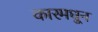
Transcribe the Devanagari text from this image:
कारमधून